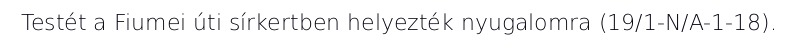
Testét a Fiumei úti sírkertben helyezték nyugalomra (19/1-N/A-1-18).